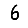
Digit: 6